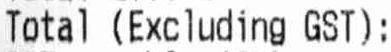
TOTAL (EXCLUDING GST):